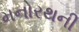
મનોરથની